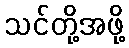
သင်တို့အဖို့